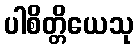
ပါစိတ္တိယေသု